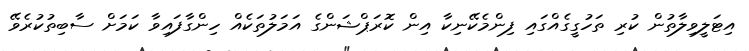
އިޓަލީވިލާތުން ކުރި ތަހުގީގެއްގައި ފިންމެކޭނިކާ އިން ކޮރަޕްޝަންގެ އަމަލުތަކެއް ހިންގާފައިވާ ކަމަށް ސާބިތުކުރެވޭ